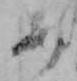
あ